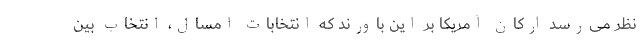
نظر می‌رسد ارکان آمریکا بر این باورند که انتخابات امسال، انتخاب بین